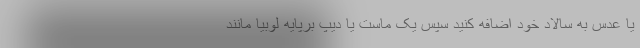
یا عدس به سالاد خود اضافه کنید سپس یک ماست یا دیپ برپایه لوبیا مانند